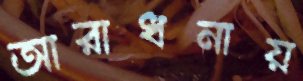
আরাধনায়